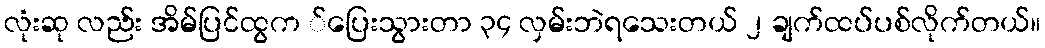
လုံးဆု လည်း အိမ်ပြင်ထွက ်ပြေးသွားတာ ၃၄ လှမ်းဘဲရသေးတယ် ၂ ချက်ထပ်ပစ်လိုက်တယ်။